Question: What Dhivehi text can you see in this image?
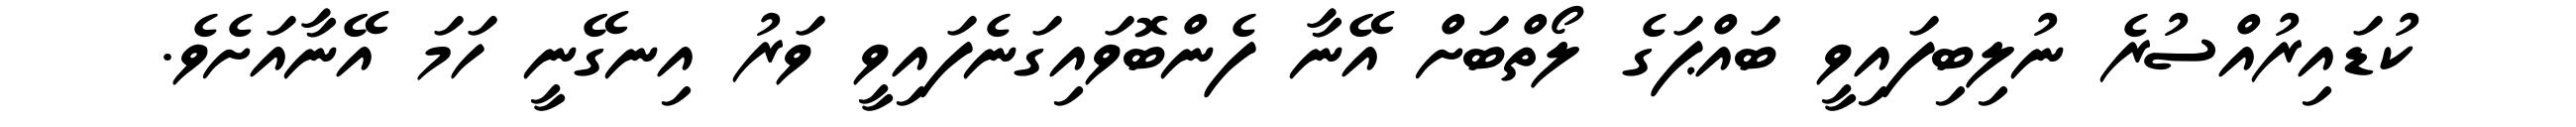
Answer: ކުޑައިރުއްސުރެ ނުލިބިފައިވީ ބައްޕަގެ ލޯތްބަށް އޭނާ ފެންބޮވައިގަނެފައިވީ ވަރު އިނގޭނީ ހަމަ އޭނާއަށެވެ.